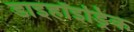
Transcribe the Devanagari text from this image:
डाइहॉइड्रिक